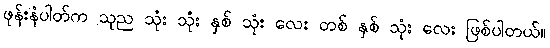
ဖုန်းနံပါတ်က သုည သုံး သုံး နှစ် သုံး လေး တစ် နှစ် သုံး လေး ဖြစ်ပါတယ်။